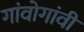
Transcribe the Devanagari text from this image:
गांवोगांवी